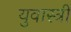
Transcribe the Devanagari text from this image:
युवास्त्री